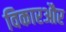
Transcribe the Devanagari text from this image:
विकारऔर